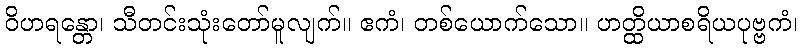
ဝိဟရန္တော၊ သီတင်းသုံးတော်မူလျက်။ ဧကံ၊ တစ်ယောက်သော။ ဟတ္ထိယာစရိယပုဗ္ဗကံ၊